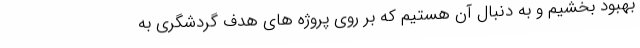
بهبود بخشیم و به دنبال آن هستیم که بر روی پروژه های هدف گردشگری به